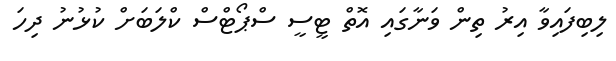
ލިބިފައިވާ އިރު ތިން ވަނާގައި އޮތް ޓީސީ ސްޕޯޓްސް ކްލަބަށް ކުޅުނު ދިހަ